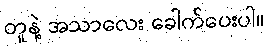
တူနဲ့ အသာလေး ခေါက်ပေးပါ။